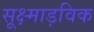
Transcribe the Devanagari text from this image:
सूक्ष्माड़विक